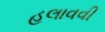
હલાવવી